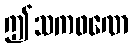
ဤသကဖဏေ